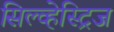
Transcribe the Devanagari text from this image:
सिल्व्हेस्ट्रिज